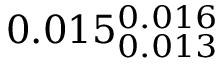
0 . 0 1 5 _ { 0 . 0 1 3 } ^ { 0 . 0 1 6 }